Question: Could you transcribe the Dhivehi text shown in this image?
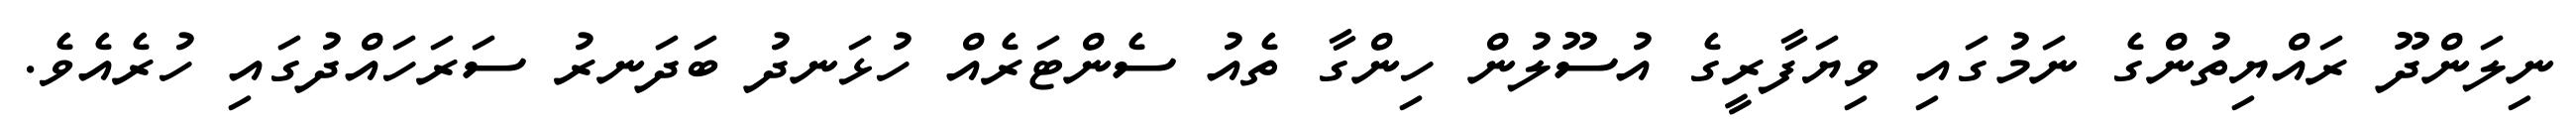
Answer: ނިލަންދޫ ރައްޔިތުންގެ ނަމުގައި ވިޔަފާރީގެ އުސޫލުން ހިންގާ ތެއު ސެންޓަރެއް ހުޅަނދު ބަދަނރު ސަރަހައްދުގައި ހުރެއެވެ.